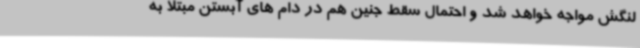
لنگش مواجه خواهد شد و احتمال سقط جنین هم در دام های آبستن مبتلا به